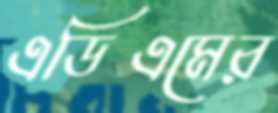
এডিএমের